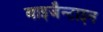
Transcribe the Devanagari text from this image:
बाइजैन्टाइन